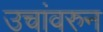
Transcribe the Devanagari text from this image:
उचांवरुन